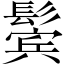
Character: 鬓